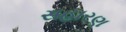
સહારણ